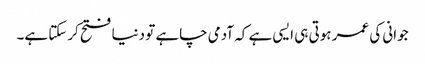
جوانی کی عمر ہوتی ہی ایسی ہے کہ آدمی چاہے تو دنیا فتح کرسکتا ہے۔